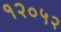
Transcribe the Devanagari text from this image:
१२०५२